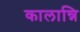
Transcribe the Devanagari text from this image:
कालान्नि